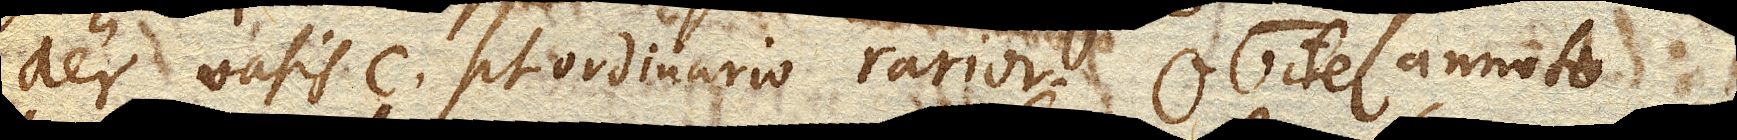
aer vasis c. sit ordinario rarior. Obiter annoto